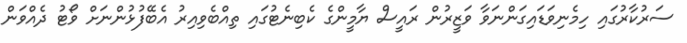
ސަރުކާރުގައި ހިމެނިވަޑައިގަންނަވާ ވަޒީރުން ރައީސް ޔާމީންގެ ކެބިނެޓުގައި ތިއްބެވިއިރު އެބޭފުޅުންނަށް ވޯޓު ދެއްވަން